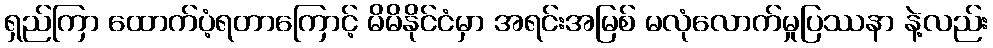
ရှည်ကြာ ထောက်ပံ့ရတာကြောင့် မိမိနိုင်ငံမှာ အရင်းအမြစ် မလုံလောက်မှုပြဿနာ နဲ့လည်း